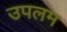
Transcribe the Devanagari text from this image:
उपलम